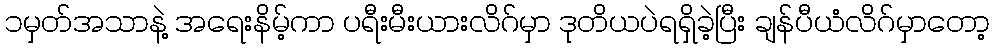
၁မှတ်အသာနဲ့ အရေးနိမ့်ကာ ပရီးမီးယားလိဂ်မှာ ဒုတိယပဲရရှိခဲ့ပြီး ချန်ပီယံလိဂ်မှာတော့